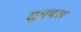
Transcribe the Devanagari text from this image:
सुतपस